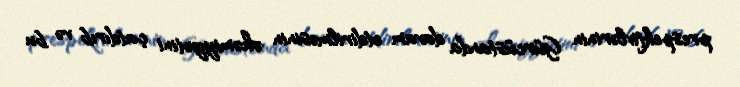
prespektivlərinin Gürcüstanda davam etdirilməsinin əhəmiyyətini çatdırıb və bu